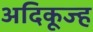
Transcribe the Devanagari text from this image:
अदिकूज्ह